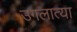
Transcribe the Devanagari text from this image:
उगलात्या